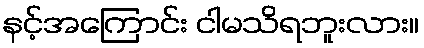
နင့်အကြောင်း ငါမသိရဘူးလား။